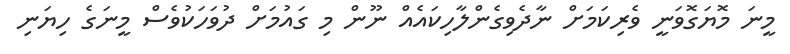
މީނަ މޮޔަގޮވަނީ ވެރިކަމަށް ނާދެވިގެންލާހިކައެއް ނޫން މި ގައުމަށް ދުވަހަކުވެސް މީނަގެ ހިޔަނި